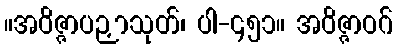
။အဝိဇ္ဇာပဉှာသုတ်၊ ပါ-၄၅၁။ အဝိဇ္ဇာဝဂ်